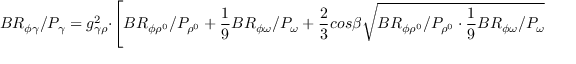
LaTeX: B R _ { \phi \gamma } / P _ { \gamma } = g _ { \gamma \rho } ^ { 2 } \cdot \left[ B R _ { \phi \rho ^ { 0 } } / P _ { \rho ^ { 0 } } + \frac { 1 } { 9 } B R _ { \phi \omega } / P _ { \omega } + \frac { 2 } { 3 } c o s \beta \sqrt { B R _ { \phi \rho ^ { 0 } } / P _ { \rho ^ { 0 } } \cdot \frac { 1 } { 9 } B R _ { \phi \omega } / P _ { \omega } } \right] ,